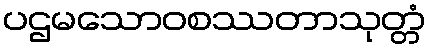
ပဌမသောဝစဿတာသုတ္တံ